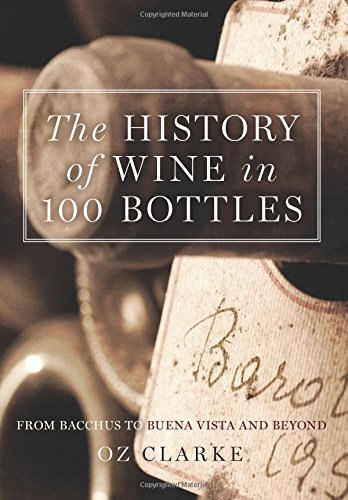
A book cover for The History of Wine in 100 Bottles: From Bacchus to Bordeaux and Beyond; Oz Clarke; Cookbooks, Food & Wine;